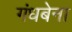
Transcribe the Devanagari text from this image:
गंधबेना